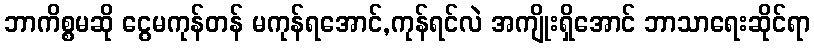
ဘာကိစ္စမဆို ငွေမကုန်တန် မကုန်ရအောင်,ကုန်ရင်လဲ အကျိုးရှိအောင် ဘာသာရေးဆိုင်ရာ